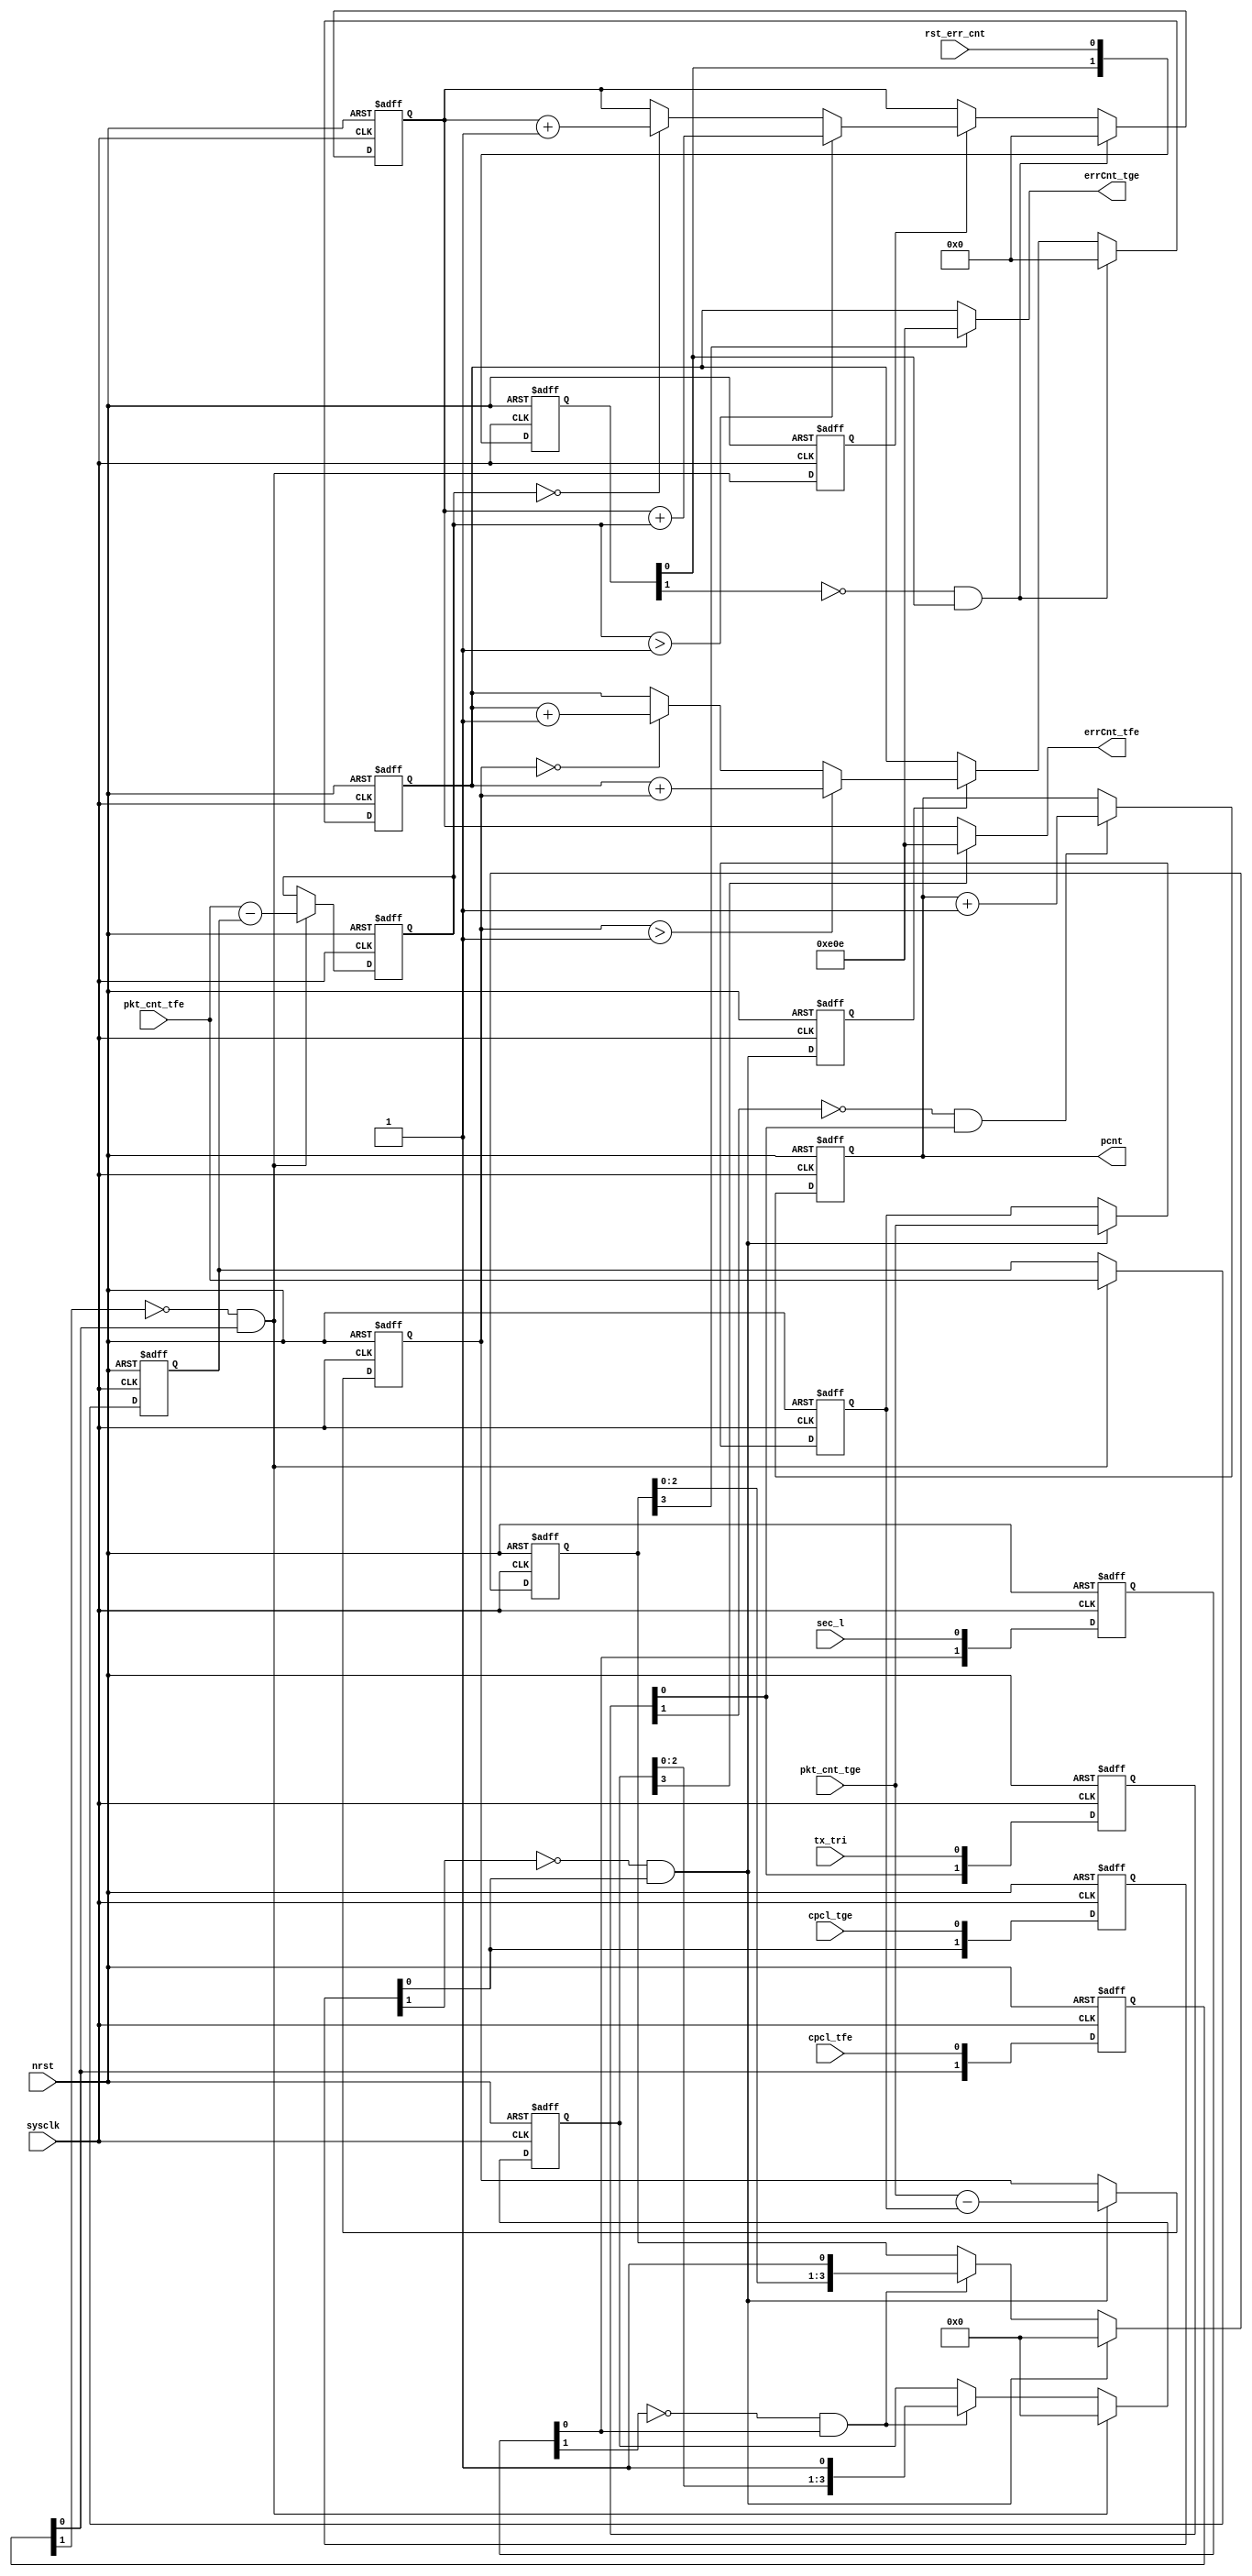
// 2022.0325
// tge/tfepkt_cnt

module chk_pkt_cnt  (
input           nrst,  
input           sysclk,
input			tx_tri,			// 
output [15:0]	pcnt,			// 
input			rst_err_cnt,	// 
input			sec_l,			// 

input			cpcl_tge,		// tge
input [15:0]	pkt_cnt_tge,	// tge

input			cpcl_tfe,		// tfe
input [15:0]	pkt_cnt_tfe,	// tfe

output [15:0]	errCnt_tge,
output [15:0]	errCnt_tfe

);

reg	[1:0]		eg_tri_reg;
reg	[1:0]		eg_cpcl_tge;
reg	[1:0]		eg_cpcl_tfe;
reg	[1:0]		eg_rst_err_cnt;
reg	[1:0]		eg_sec_l;

always @ (negedge nrst or posedge sysclk)                 
    if (~nrst) begin  
            eg_tri_reg		<=0;
            eg_cpcl_tge		<=0;                                                            
            eg_cpcl_tfe		<=0;
            eg_rst_err_cnt	<=0;
            eg_sec_l		<=0;
        end
    else begin  
            eg_tri_reg		<= {eg_tri_reg[0],tx_tri};
            eg_cpcl_tge		<= {eg_cpcl_tge[0],cpcl_tge};                                                            
            eg_cpcl_tfe		<= {eg_cpcl_tfe[0],cpcl_tfe}; 
            eg_rst_err_cnt	<= {eg_rst_err_cnt[0],rst_err_cnt}; 
            eg_sec_l		<= {eg_sec_l[0],sec_l};
        end


wire	egr_tx_tri 		= ~eg_tri_reg[1]  & eg_tri_reg[0];
wire	egr_cpcl_tge 	= ~eg_cpcl_tge[1] & eg_cpcl_tge[0];
wire	egr_cpcl_tfe 	= ~eg_cpcl_tfe[1] & eg_cpcl_tfe[0];
wire	egr_rst_err_cnt = ~eg_rst_err_cnt[1] & eg_rst_err_cnt[0];
wire	egr_sec_l 		= ~eg_sec_l[1] & eg_sec_l[0];

// ****************  pkt_cnt **********************************

`ifdef SV_PACKET_SENDER

reg [17:0]		pcnt_reg;
always @ (negedge nrst or posedge sysclk)                 
  if (~nrst) pcnt_reg <= 0;
  else if (egr_tx_tri) pcnt_reg <= pcnt_reg + 1'b1;

assign pcnt = pcnt_reg[17:2];

`else

reg [15:0]		pcnt_reg;

always @ (negedge nrst or posedge sysclk)                 
  if (~nrst) pcnt_reg <= 0;
  else if (egr_tx_tri) pcnt_reg <= pcnt_reg + 1'b1;

assign pcnt = pcnt_reg;

`endif


// ****************  latch pkt_cnt **********************************

reg [15:0]		lat_pc_tge;
reg [15:0]		lat_pc_tfe;

reg [15:0]		diff_pc_tge;	//   	
reg [15:0]		diff_pc_tfe;	//   
  
always @ (negedge nrst or posedge sysclk)                 
  if (~nrst) begin 
  			lat_pc_tge <= 0;
  			diff_pc_tge <= 0;
  		end
  else if (egr_cpcl_tge) begin
  			lat_pc_tge	<= pkt_cnt_tge;
  			diff_pc_tge <= (pkt_cnt_tge - lat_pc_tge);
  		end

always @ (negedge nrst or posedge sysclk)                 
  if (~nrst) begin 
  			lat_pc_tfe <= 0;
  			diff_pc_tfe <= 0;
  		end
  else if (egr_cpcl_tfe) begin
  			lat_pc_tfe	<=  pkt_cnt_tfe;
  			diff_pc_tfe <= (pkt_cnt_tfe - lat_pc_tfe);
  		end

// ****************     ********************************** 

reg			dly_egr_cpcl_tge;
reg			dly_egr_cpcl_tfe;

reg [15:0]	err_cnt_tge;
reg [15:0]	err_cnt_tfe;

always @ (negedge nrst or posedge sysclk)                 
  if (~nrst) begin 
  			dly_egr_cpcl_tge 	<= 0;
  			dly_egr_cpcl_tfe 	<= 0;
  			err_cnt_tge 		<= 0;
  			err_cnt_tfe 		<= 0;
  		end
  else  begin
  			dly_egr_cpcl_tge 	<= egr_cpcl_tge;
  			dly_egr_cpcl_tfe 	<= egr_cpcl_tfe;
  			if (egr_rst_err_cnt) begin
  			  		err_cnt_tge 		<= 0;
  					err_cnt_tfe 		<= 0;
  			 	  end
  			else begin
  				if(dly_egr_cpcl_tge) begin 
  					if (diff_pc_tge > 16'h1) err_cnt_tge	<= err_cnt_tge + diff_pc_tge;
  					else if (diff_pc_tge == 16'h0) err_cnt_tge	<= err_cnt_tge + 1'b1;
  					end
  				if(dly_egr_cpcl_tfe) begin 
  					if (diff_pc_tfe > 16'h1) err_cnt_tfe	<= err_cnt_tfe + diff_pc_tfe;
  					else if (diff_pc_tfe == 16'h0) err_cnt_tfe	<= err_cnt_tfe + 1'b1;
  					end
  				end
  		end




// ****************     **********************************
// 4 0e0e
reg [3:0]		ot_cnt_tge;
reg [3:0]		ot_cnt_tfe;

always @ (negedge nrst or posedge sysclk)                 
  if (~nrst) begin
  			ot_cnt_tge <= 0;
  			ot_cnt_tfe <= 0;
  		  end
  else begin
  		if(egr_cpcl_tge) ot_cnt_tge <= 0;
  		else if (egr_sec_l) ot_cnt_tge <= {ot_cnt_tge[2:0],1'b1};
  		
  		if(egr_cpcl_tfe) ot_cnt_tfe <= 0;
  		else if (egr_sec_l) ot_cnt_tfe <= {ot_cnt_tfe[2:0],1'b1};
	end


assign errCnt_tge = ot_cnt_tge[3] ? 16'h0E0E : err_cnt_tge;
assign errCnt_tfe = ot_cnt_tfe[3] ? 16'h0E0E : err_cnt_tfe;

	
endmodule